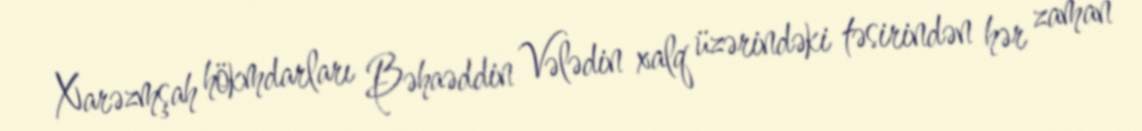
Xarəzmşah hökmdarları Bəhaəddin Vələdin xalq üzərindəki təsirindən hər zaman